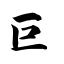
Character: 巨